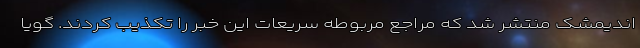
اندیمشک منتشر شد که مراجع مربوطه سریعات این خبر را تکذیب کردند. گویا